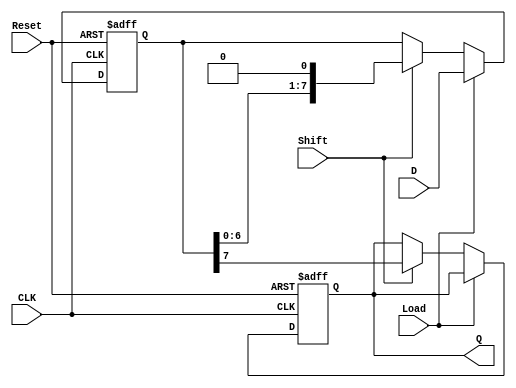
module PISO_Register #(
    parameter n = 8  // Width of the input data
)(
    input wire [n-1:0] D,    // Parallel data input
    input wire Load,          // Load signal
    input wire Shift,         // Shift signal
    input wire CLK,           // Clock signal
    input wire Reset,         // Asynchronous reset signal
    output reg Q              // Serial output
);

    reg [n-1:0] shift_reg;    // Internal shift register

    always @(posedge CLK or posedge Reset) begin
        if (Reset) begin
            shift_reg <= {n{1'b0}}; // Clear the shift register
            Q <= 1'b0;              // Clear the output
        end else begin
            if (Load) begin
                shift_reg <= D;     // Load parallel data into shift register
            end else if (Shift) begin
                Q <= shift_reg[n-1]; // Output the MSB
                shift_reg <= {shift_reg[n-2:0], 1'b0}; // Shift left
            end
        end
    end

endmodule